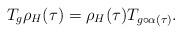
LaTeX: \begin{align*}T_g \rho_H(\tau) = \rho_H(\tau) T_{g\circ\alpha(\tau)}.\end{align*}